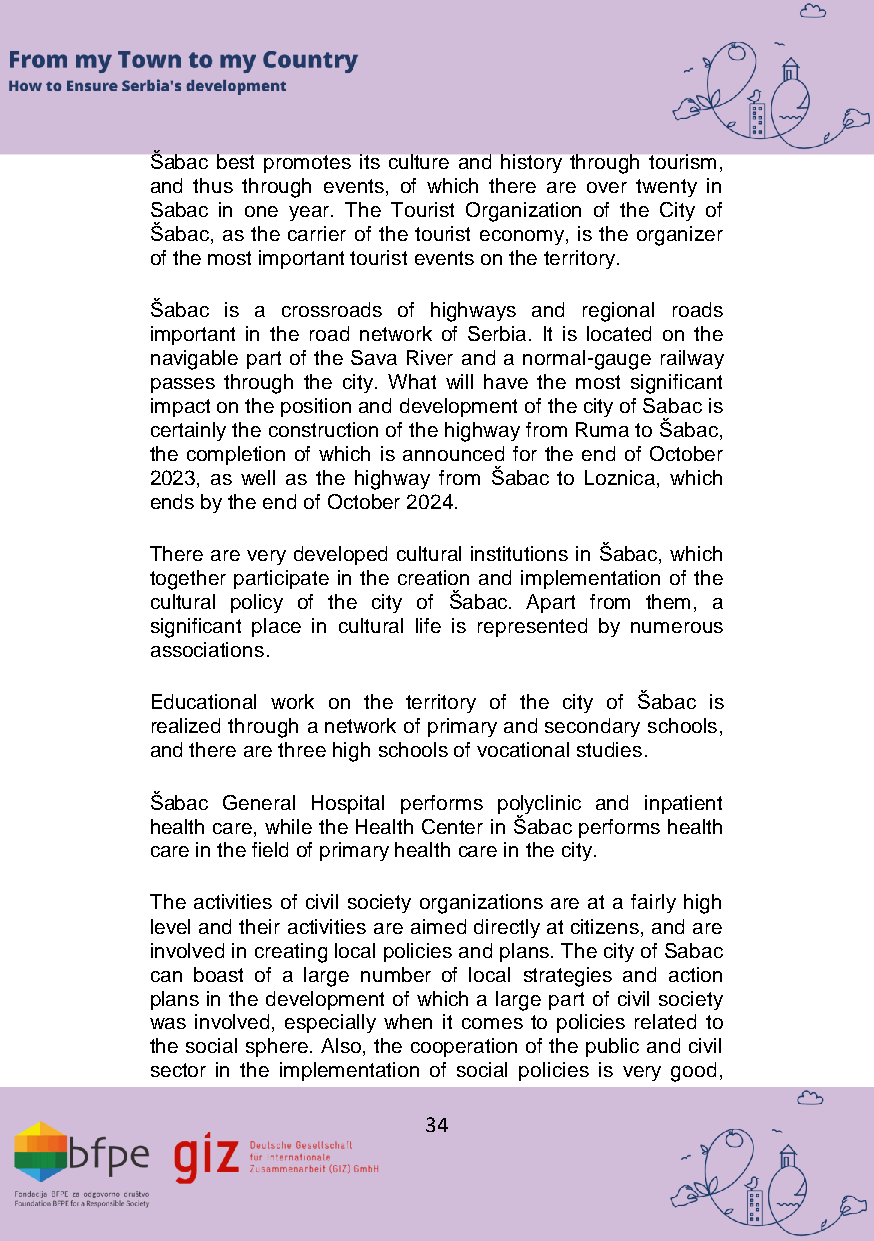
Šabac best promotes its culture and history through tourism,
 and thus through events, of which there are over twenty in
 Sabac in one year. The Tourist Organization of the City of
 Šabac, as the carrier of the tourist economy, is the organizer
 of the most important tourist events on the territory.
 Šabac is a crossroads of highways and regional roads
 important in the road network of Serbia. It is located on the
 navigable part of the Sava River and a normal-gauge railway
 passes through the city. What will have the most significant
 impact on the position and development of the city of Sabac is
 certainly the construction of the highway from Ruma to Šabac,
 the completion of which is announced for the end of October
 2023, as well as the highway from Šabac to Loznica, which
 ends by the end of October 2024.
 There are very developed cultural institutions in Šabac, which
 together participate in the creation and implementation of the
 cultural policy of the city of Šabac. Apart from them, a
 significant place in cultural life is represented by numerous
 associations.
 Educational work on the territory of the city of Šabac is
 realized through a network of primary and secondary schools,
 and there are three high schools of vocational studies.
 Šabac General Hospital performs polyclinic and inpatient
 health care, while the Health Center in Šabac performs health
 care in the field of primary health care in the city.
 The activities of civil society organizations are at a fairly high
 level and their activities are aimed directly at citizens, and are
 involved in creating local policies and plans. The city of Sabac
 can boast of a large number of local strategies and action
 plans in the development of which a large part of civil society
 was involved, especially when it comes to policies related to
 the social sphere. Also, the cooperation of the public and civil
 sector in the implementation of social policies is very good,
 34